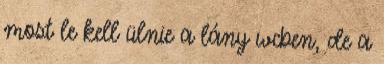
most le kell ülnie a lány wcben, de a